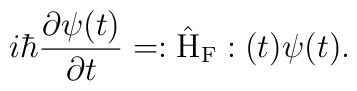
i \hbar \frac{\partial \psi(t)}{\partial t} =:\hat{\rm H}_{\rm F}:(t) \psi(t) .